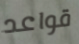
قواعد